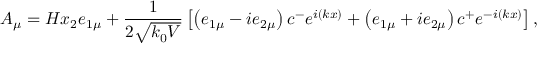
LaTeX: A _ { \mu } = H x _ { 2 } e _ { 1 \mu } + \frac 1 { 2 \sqrt { k _ { 0 } V } } \left[ \left( e _ { 1 \mu } - i e _ { 2 \mu } \right) c ^ { - } e ^ { i ( k x ) } + \left( e _ { 1 \mu } + i e _ { 2 \mu } \right) c ^ { + } e ^ { - i ( k x ) } \right] ,